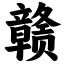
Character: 赣